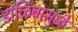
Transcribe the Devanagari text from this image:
डाळिंबामुळे